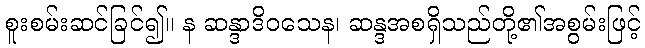
စူးစမ်းဆင်ခြင်၍။ န ဆန္ဒာဒိဝသေန၊ ဆန္ဒအစရှိသည်တို့၏အစွမ်းဖြင့်